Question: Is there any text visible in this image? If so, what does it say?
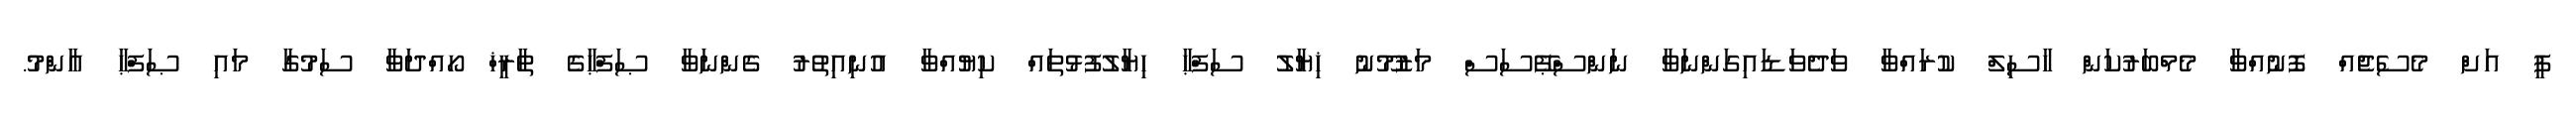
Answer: ޕީ އަށް މެސެޖެއް ފޮނުއްވާ މެމްބަރުކަން ހާސިލް ކުރައްވާ ވަދެވަޑައިގަންނަވާ ނަންސްޕޭސަސް މަޒުމޫނު ޚިޔާލު ސަފްޙާ ހިޔާލުފުޅުތައް ކިޔުއްވާ އުނިއިތުރު ގެންނަވާ ޞަފްޙާގެ ތާރީޚް ހޯއްދަވާ ސަމުގާ މައި ޞަފްޙާ އާންމު.